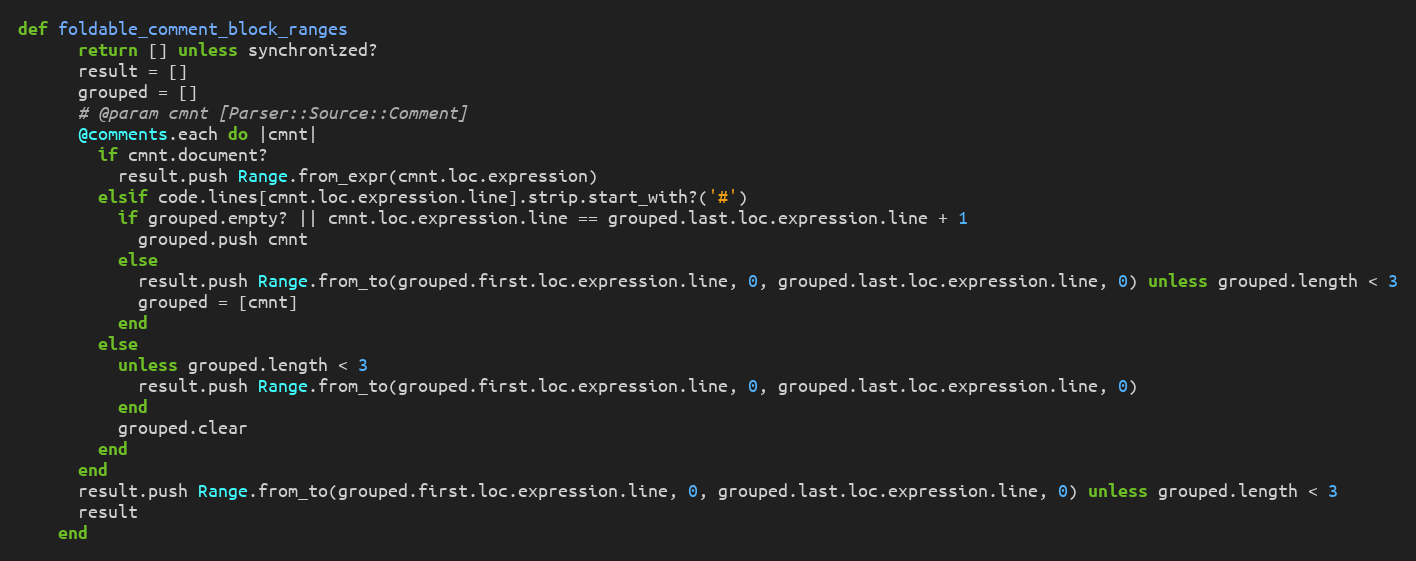
Language: Ruby
def foldable_comment_block_ranges
      return [] unless synchronized?
      result = []
      grouped = []
      # @param cmnt [Parser::Source::Comment]
      @comments.each do |cmnt|
        if cmnt.document?
          result.push Range.from_expr(cmnt.loc.expression)
        elsif code.lines[cmnt.loc.expression.line].strip.start_with?('#')
          if grouped.empty? || cmnt.loc.expression.line == grouped.last.loc.expression.line + 1
            grouped.push cmnt
          else
            result.push Range.from_to(grouped.first.loc.expression.line, 0, grouped.last.loc.expression.line, 0) unless grouped.length < 3
            grouped = [cmnt]
          end
        else
          unless grouped.length < 3
            result.push Range.from_to(grouped.first.loc.expression.line, 0, grouped.last.loc.expression.line, 0)
          end
          grouped.clear
        end
      end
      result.push Range.from_to(grouped.first.loc.expression.line, 0, grouped.last.loc.expression.line, 0) unless grouped.length < 3
      result
    end